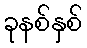
ခုနစ်နှစ်